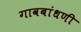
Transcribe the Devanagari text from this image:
गावबांधणी